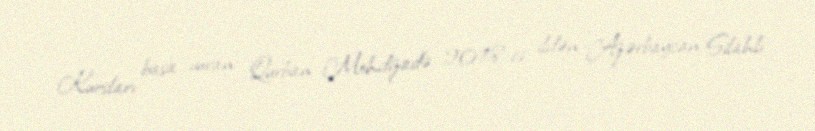
Kursları başa vuran Qurban Mehdizadə 2018-ci ildən Azərbaycan Silahlı